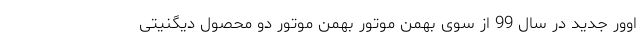
اوور جدید در سال 99 از سوی بهمن موتور بهمن موتور دو محصول دیگنیتی